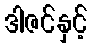
ဒါဇင်နှင့်